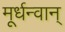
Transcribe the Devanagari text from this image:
मूर्धन्वान्‌